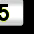
Digit: 5